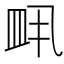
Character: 𬐙